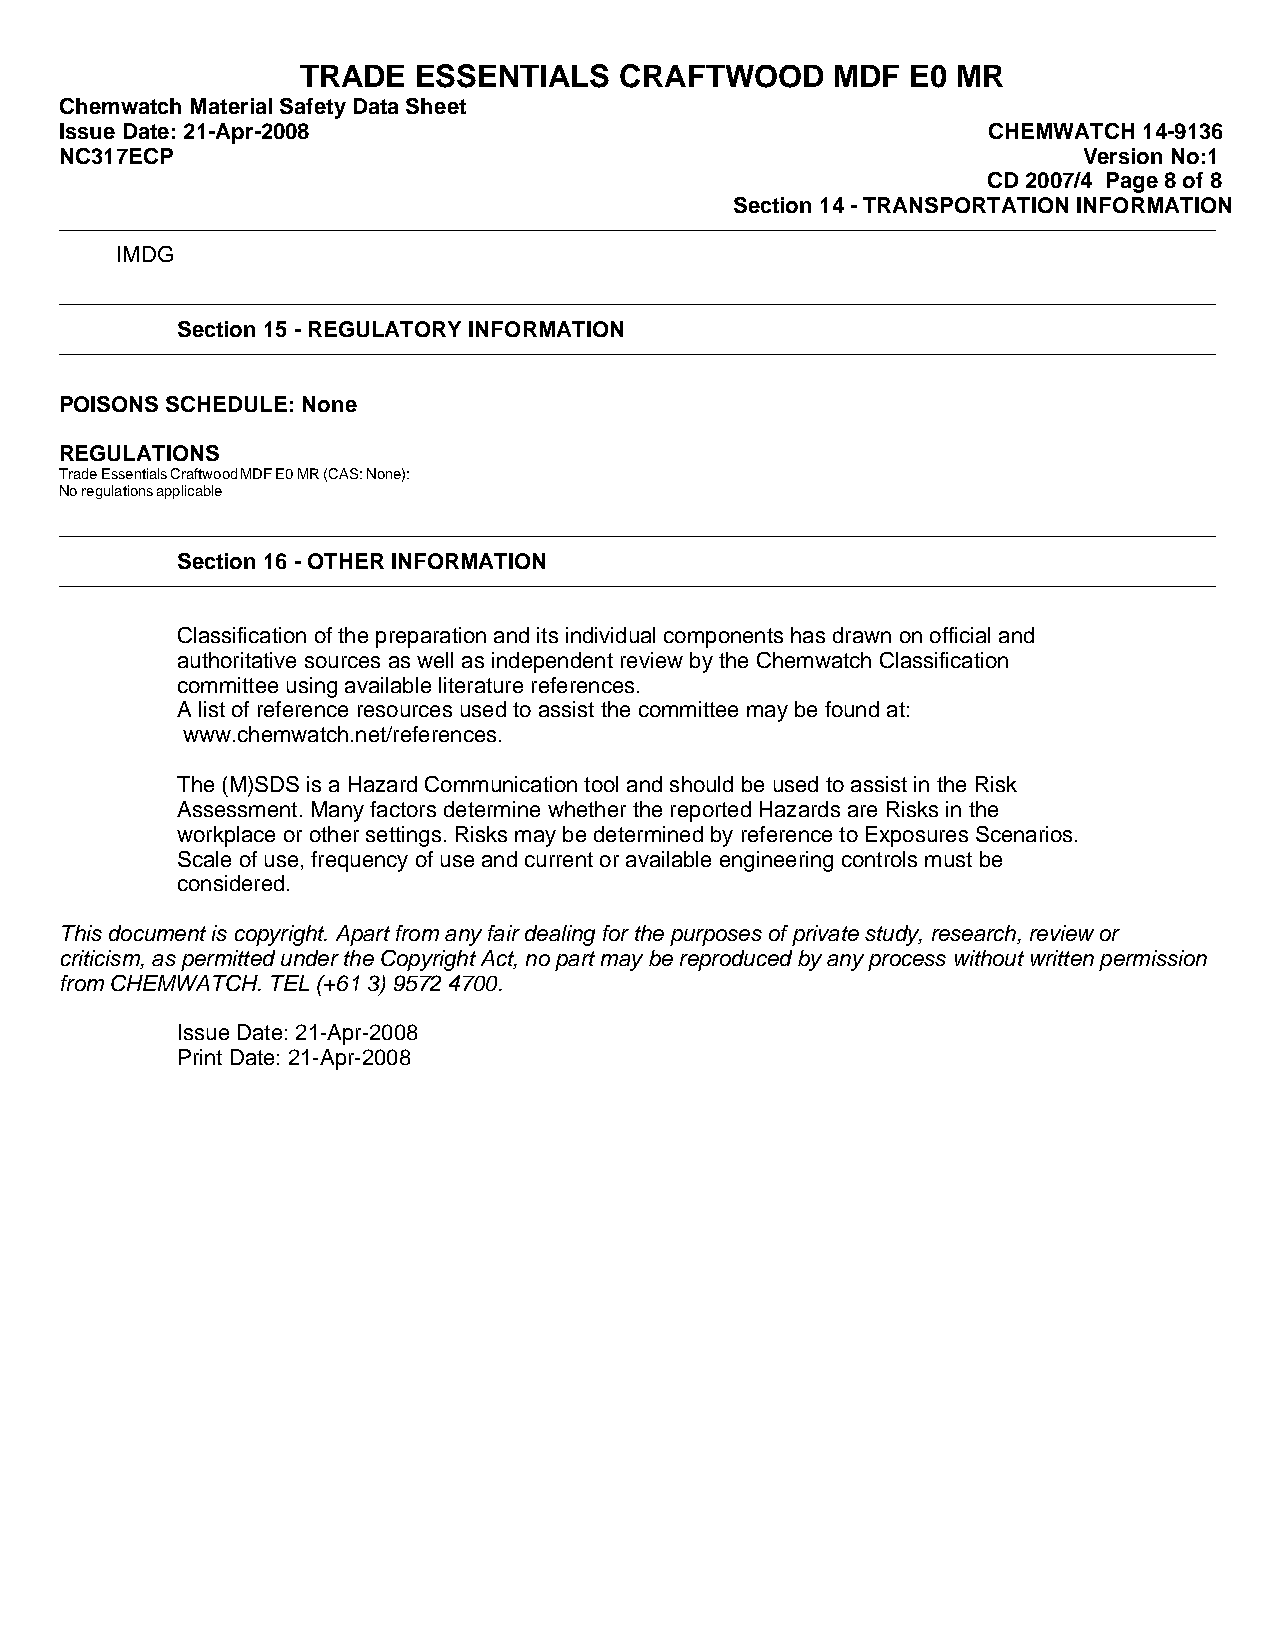
TRADE   ESSENTIALS   CRAFTWOOD     MDF  E0 MR
 Chemwatch Material Safety Data Sheet
 Issue Date: 21-Apr-2008                                      CHEMWATCH  14-9136
 NC317ECP                                                            Version No:1
 CD 2007/4 Page 8 of 8
 Section 14 - TRANSPORTATION INFORMATION
 IMDG
 Section 15 - REGULATORY INFORMATION
 POISONS SCHEDULE: None
 REGULATIONS
 TradeEssentialsCraftwoodMDFE0MR(CAS:None):
 Noregulationsapplicable
 Section 16 - OTHER INFORMATION
 Classification of the preparation and its individual components has drawn on official and
 authoritative sources as well as independent review by the Chemwatch Classification
 committee using available literature references.
 A list of reference resources used to assist the committee may be found at:
 www.chemwatch.net/references.
 The (M)SDS is a Hazard Communication tool and should be used to assist in the Risk
 Assessment. Many factors determine whether the reported Hazards are Risks in the
 workplace or other settings. Risks may be determined by reference to Exposures Scenarios.
 Scale of use, frequency of use and current or available engineering controls must be
 considered.
 This document is copyright. Apart from any fair dealing for the purposes of private study, research, review or
 criticism, as permitted under the Copyright Act, no part may be reproduced by any process without written permission
 from CHEMWATCH. TEL (+61 3) 9572 4700.
 Issue Date: 21-Apr-2008
 Print Date: 21-Apr-2008